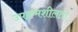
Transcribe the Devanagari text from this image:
उपक्रमशीलता